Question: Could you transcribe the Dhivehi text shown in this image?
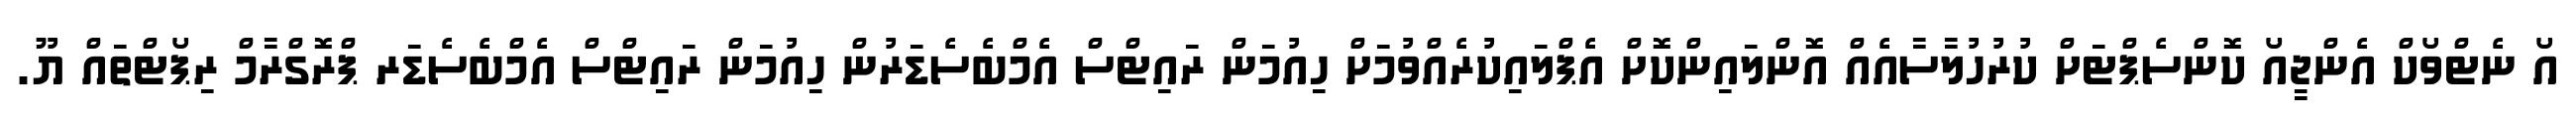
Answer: އޯ ނެޓްވޯކް އެންޖީއޯ ކޮންސެޕްޓަށް ކުރުހުލާސާއެއް އޮންލައިންކޮށް އެޕްލައިކުރެއްވުމަށް ހިއުމަން ރައިޓްސް އެމްބެސެޑަރުން ހިއުމަން ރައިޓްސް އެމްބެސެޑަރ ޕްރޮގްރާމް ރިޕޯޓްތައް ޔޫ.